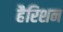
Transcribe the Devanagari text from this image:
हैरिशन